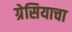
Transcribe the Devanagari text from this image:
ग्रेसियाचा